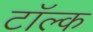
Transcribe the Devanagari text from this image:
टॉल्क